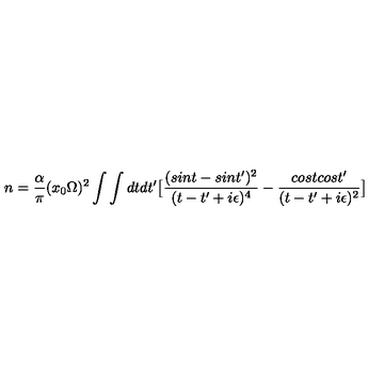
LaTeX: n = { \frac { \alpha } { \pi } } ( x _ { 0 } \Omega ) ^ { 2 } \int \int d t d t ^ { \prime } \bigl [ { \frac { ( s i n t - s i n t ^ { \prime } ) ^ { 2 } } { ( t - t ^ { \prime } + i \epsilon ) ^ { 4 } } } - { \frac { c o s t c o s t ^ { \prime } } { ( t - t ^ { \prime } + i \epsilon ) ^ { 2 } } } \bigr ]